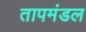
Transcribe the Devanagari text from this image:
तापमंडल